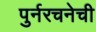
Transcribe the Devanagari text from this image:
पुर्नरचनेची